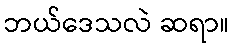
ဘယ်ဒေသလဲ ဆရာ။